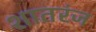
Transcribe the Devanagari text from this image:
शातरंज